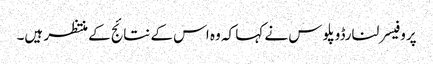
پروفیسر لنارڈوپلوس نے کہا کہ وہ اس کے نتائج کے منتظر ہیں۔